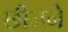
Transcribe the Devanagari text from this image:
छीजने